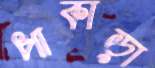
পাকাড়া